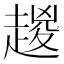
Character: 𧼬